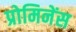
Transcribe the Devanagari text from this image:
प्रोमिनेंस